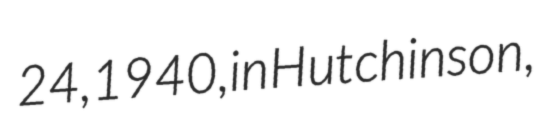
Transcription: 24, 1940, in Hutchinson,